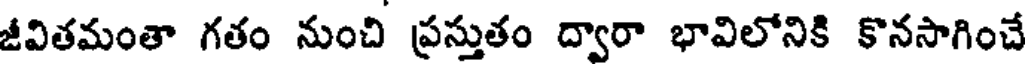
జీవితమంతా గతం నుంచి ప్రస్తుతం ద్వారా భావిలోనికి కొనసాగించే